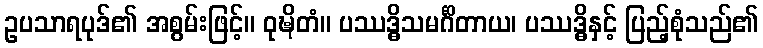
ဥပသာရပုဒ်၏ အစွမ်းဖြင့်။ ဝုဍ္ဎိတံ။ ပဿဒ္ဓိသမင်္ဂိတာယ၊ ပဿဒ္ဓိနှင့် ပြည့်စုံသည်၏